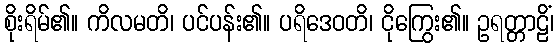
စိုးရိမ်၏။ ကိလမတိ၊ ပင်ပန်း၏။ ပရိဒေဝတိ၊ ငိုကြွေး၏။ ဥရတ္တာဠိံ၊